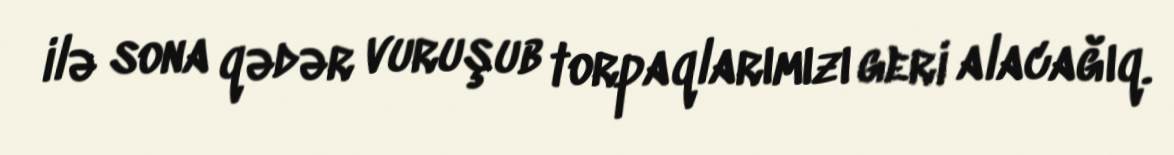
ilə sona qədər vuruşub torpaqlarımızı geri alacağıq.